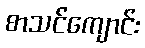
စာသင်ကျောင်း